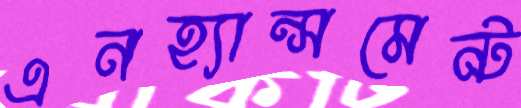
এনহ্যান্সমেন্ট